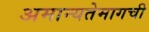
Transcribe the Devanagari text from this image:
अमान्यतेमागची